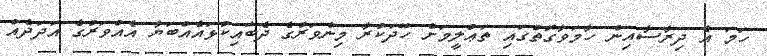
ހަމަ އެ ދިރާސާއިން ހާމަވާގޮތުގައި ތަޢުލީމަށް ހޭދަކުރާ މިންވަރުގެ ދެބައިކުޅައެއްބަޔާ އެއްވަރުގެ އަދަދެއް